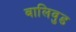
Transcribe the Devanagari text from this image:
बालिवुड